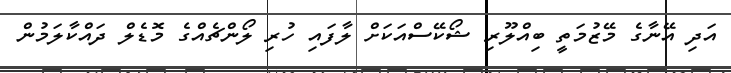
އަދި އޭނާގެ މޭޒުމަތީ ބިއްލޫރި ޝޯކޭސްއަކަށް ލާފައި ހުރި ލޯންޗެއްގެ މޮޑެލް ދައްކާލަމުން